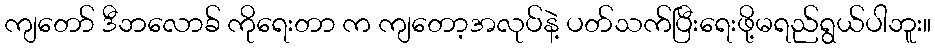
ကျတော် ဒီဘလောခ် ကိုရေးတာ က ကျတော့အလုပ်နဲ့ ပတ်သက်ပြီးရေးဖို့မရည်ရွယ်ပါဘူး။